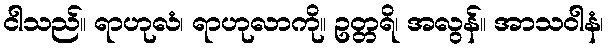
ငါသည်။ ရာဟုလံ၊ ရာဟုလာကို။ ဥတ္တရိ၊ အလွန်။ အာသဝါနံ၊